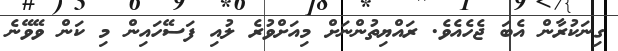
ގިނަކުރާން އެބަ ޖެހެއެވެ. ރައްޔިތުންނަށް މިއަށްވުރެ ލުއި ފަސޭހައިން މި ކަން ވޭވޭނެ